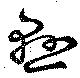
懸